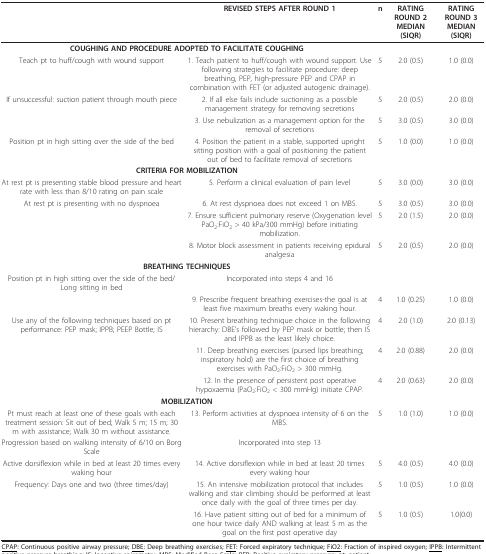
<table><thead><tr><td></td><td><b>REVISED STEPS AFTER ROUND 1</b></td><td><b>n</b></td><td><b>RATING ROUND 2 MEDIAN (SIQR)</b></td><td><b>RATING ROUND 3 MEDIAN (SIQR)</b></td></tr></thead><tbody><tr><td colspan="2"><b>COUGHING AND PROCEDURE ADOPTED TO FACILITATE COUGHING</b></td><td></td><td></td><td></td></tr><tr><td>Teach pt to huff/cough with wound support</td><td>1. Teach patient to huff/cough with wound support. Use following strategies to facilitate procedure: deep breathing, PEP, high-pressure PEP and CPAP in combination with FET (or adjusted autogenic drainage).</td><td>5</td><td>2.0 (0.5)</td><td>1.0 (0.0)</td></tr><tr><td>If unsuccessful: suction patient through mouth piece</td><td>2. If all else fails include suctioning as a possible management strategy for removing secretions</td><td>5</td><td>2.0 (0.5)</td><td>2.0 (0.0)</td></tr><tr><td></td><td>3. Use nebulization as a management option for the removal of secretions</td><td>5</td><td>3.0 (0.5)</td><td>3.0 (0.0)</td></tr><tr><td>Position pt in high sitting over the side of the bed</td><td>4. Position the patient in a stable, supported upright sitting position with a goal of positioning the patient out of bed to facilitate removal of secretions</td><td>5</td><td>1.0 (0.0)</td><td>1.0 (0.0)</td></tr><tr><td colspan="2"><b>CRITERIA FOR MOBILIZATION</b></td><td></td><td></td><td></td></tr><tr><td>At rest pt is presenting stable blood pressure and heart rate with less than 8/10 rating on pain scale</td><td>5. Perform a clinical evaluation of pain level</td><td>5</td><td>3.0 (0.0)</td><td>3.0 (0.0)</td></tr><tr><td>At rest pt is presenting with no dyspnoea</td><td>6. At rest dyspnoea does not exceed 1 on MBS.</td><td>5</td><td>3.0 (0.5)</td><td>3.0 (0.0)</td></tr><tr><td></td><td>7. Ensure sufficient pulmonary reserve (Oxygenation level PaO<sub>2</sub>:FiO<sub>2 </sub>&gt; 40 kPa/300 mmHg) before initiating mobilization.</td><td>5</td><td>2.0 (1.5)</td><td>2.0 (0.0)</td></tr><tr><td></td><td>8. Motor block assessment in patients receiving epidural analgesia</td><td>5</td><td>2.0 (0.5)</td><td>2.0 (0.0)</td></tr><tr><td colspan="2"><b>BREATHING TECHNIQUES</b></td><td></td><td></td><td></td></tr><tr><td>Position pt in high sitting over the side of the bed/Long sitting in bed</td><td>Incorporated into steps 4 and 16</td><td></td><td></td><td></td></tr><tr><td></td><td>9. Prescribe frequent breathing exercises-the goal is at least five maximum breaths every waking hour.</td><td>4</td><td>1.0 (0.25)</td><td>1.0 (0.0)</td></tr><tr><td>Use any of the following techniques based on pt performance: PEP mask; IPPB; PEEP Bottle; IS</td><td>10. Present breathing technique choice in the following hierarchy: DBE&#x27;s followed by PEP mask or bottle; then IS and IPPB as the least likely choice.</td><td>4</td><td>2.0 (1.0)</td><td>2.0 (0.13)</td></tr><tr><td></td><td>11. Deep breathing exercises (pursed lips breathing; inspiratory hold) are the first choice of breathing exercises with PaO<sub>2</sub>:FiO<sub>2 </sub>&gt; 300 mmHg.</td><td>4</td><td>2.0 (0.88)</td><td>2.0 (0.0)</td></tr><tr><td></td><td>12. In the presence of persistent post operative hypoxaemia (PaO<sub>2</sub>:FiO<sub>2 </sub>&lt; 300 mmHg) initiate CPAP.</td><td>4</td><td>2.0 (0.63)</td><td>2.0 (0.0)</td></tr><tr><td colspan="2"><b>MOBILIZATION</b></td><td></td><td></td><td></td></tr><tr><td>Pt must reach at least one of these goals with each treatment session: Sit out of bed; Walk 5 m; 15 m; 30 m with assistance; Walk 30 m without assistance.</td><td>13. Perform activities at dyspnoea intensity of 6 on the MBS.</td><td>5</td><td>1.0 (1.0)</td><td>1.0 (0.0)</td></tr><tr><td>Progression based on walking intensity of 6/10 on Borg Scale</td><td>Incorporated into step 13</td><td></td><td></td><td></td></tr><tr><td>Active dorsiflexion while in bed at least 20 times every waking hour</td><td>14. Active dorsiflexion while in bed at least 20 times every waking hour</td><td>5</td><td>4.0 (0.5)</td><td>4.0 (0.0)</td></tr><tr><td>Frequency: Days one and two (three times/day)</td><td>15. An intensive mobilization protocol that includes walking and stair climbing should be performed at least once daily with the goal of three times per day.</td><td>5</td><td>1.0 (0.5)</td><td>1.0 (0.0)</td></tr><tr><td></td><td>16. Have patient sitting out of bed for a minimum of one hour twice daily AND walking at least 5 m as the goal on the first post operative day</td><td>5</td><td>1.0 (0.5)</td><td>1.0(0.0)</td></tr></tbody></table>